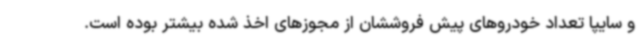
و سایپا تعداد خودروهای پیش فروششان از مجوزهای اخذ شده بیشتر بوده است.